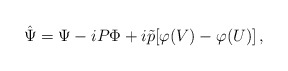
\begin{align*}\hat\Psi=\Psi-iP\Phi +i\tilde p[\varphi(V)-\varphi(U)]\,,\end{align*}